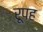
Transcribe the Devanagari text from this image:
रूपह